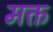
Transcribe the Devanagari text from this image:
मक्त